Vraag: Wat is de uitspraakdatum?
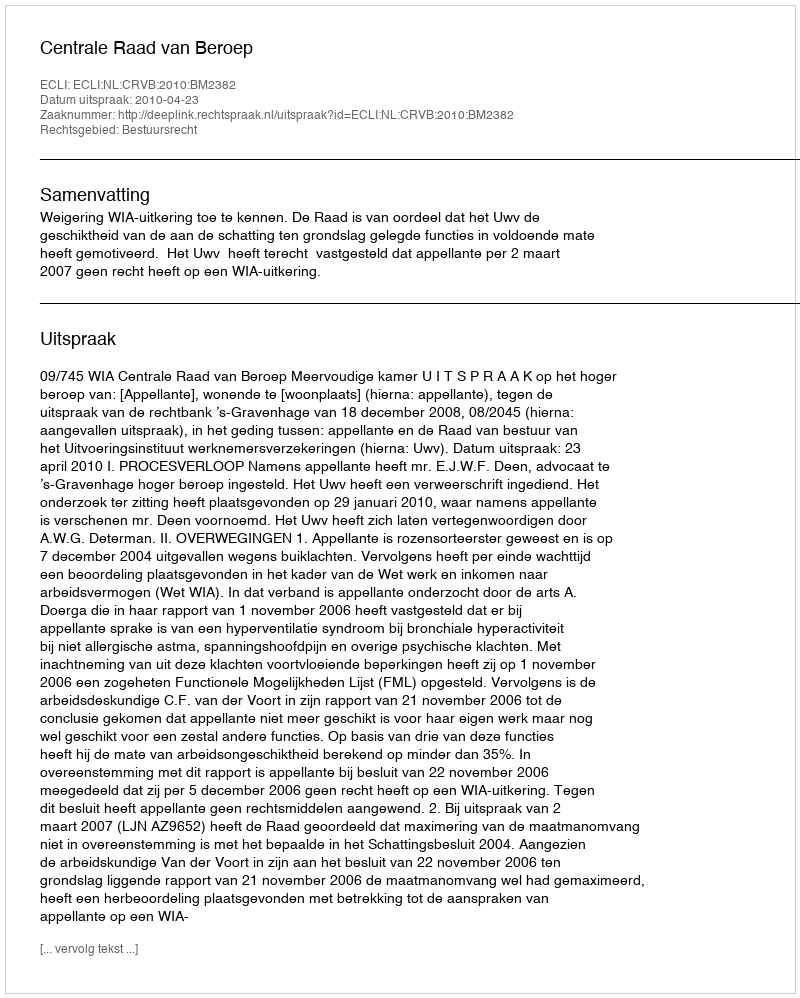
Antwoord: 2010-04-23